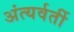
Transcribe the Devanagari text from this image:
अंत्यर्वर्ती